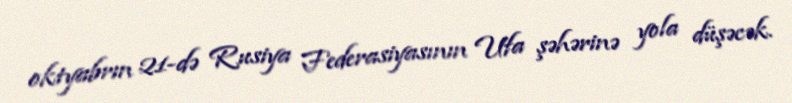
oktyabrın 21-də Rusiya Federasiyasının Ufa şəhərinə yola düşəcək.